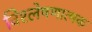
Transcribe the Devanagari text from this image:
विश्‍लेषणात्मक